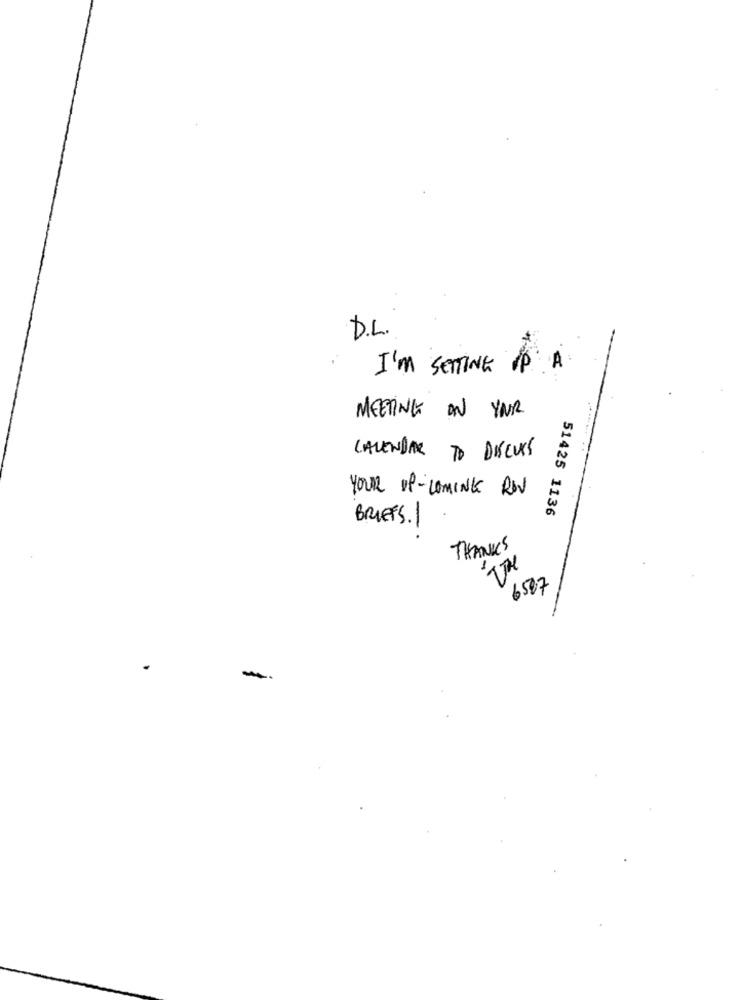
D.L.
I'm SETTING UP A
MEETING ON YOUR
CALENDAR TO DISCUSS
YOUR IP- COMING ROV
51425 1136
BRIEFS./
THANKS
TTH
6587